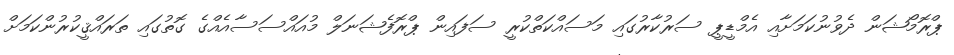
ޕްރޮމޯޝަން ދެވުނުކަމަށާއި އެމްޑީޕީ ސަރުކާރުގައި މަސައްކަތްކުރީ ސަފައިން ޕްރޮފެޝަނަލް މުއައްސަސާއެއްގެ ގޮތުގައި ތަރައްޤީކުރުންކަމަށް